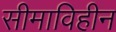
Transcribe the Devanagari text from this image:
सीमाविहीन